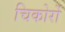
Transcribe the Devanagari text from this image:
चिकोर्रो